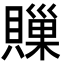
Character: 𧷣